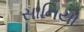
સાનિયા